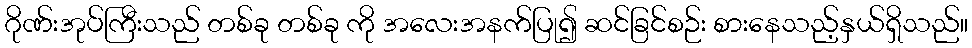
ဂိုဏ်းအုပ်ကြီးသည် တစ်ခု တစ်ခု ကို အလေးအနက်ပြု၍ ဆင်ခြင်စဉ်း စားနေသည့်နှယ်ရှိသည်။